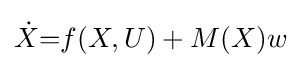
{\dot {X}}{=}f(X,U)+M(X)w